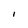
Character: I